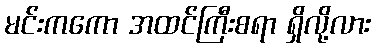
မင်းကကော အထင်ကြီးစရာ ရှိလို့လား